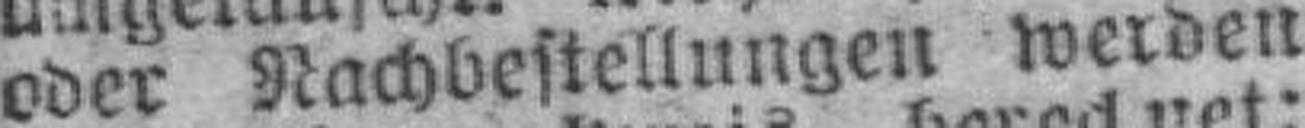
oder Nachbestellungen werden